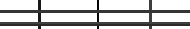
١٥٥